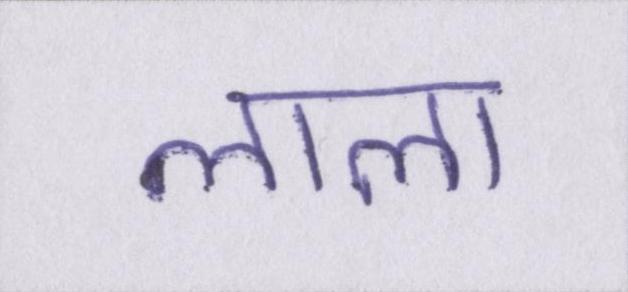
लाला